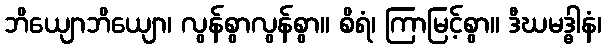
ဘိယျောဘိယျော၊ လွန်စွာလွန်စွာ။ စိရံ၊ ကြာမြင့်စွာ။ ဒီဃမဒ္ဓါနံ၊